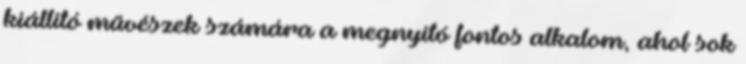
kiállító művészek számára a megnyitó fontos alkalom, ahol sok